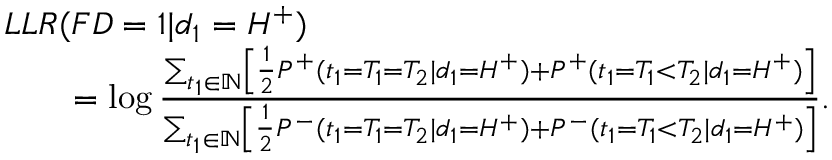
\begin{array} { r l } & { L L R ( F D = 1 | d _ { 1 } = H ^ { + } ) } \\ & { \qquad = \log \frac { \sum _ { t _ { 1 } \in \mathbb { N } } \left[ \frac { 1 } { 2 } P ^ { + } ( t _ { 1 } = T _ { 1 } = T _ { 2 } | d _ { 1 } = H ^ { + } ) + P ^ { + } ( t _ { 1 } = T _ { 1 } < T _ { 2 } | d _ { 1 } = H ^ { + } ) \right] } { \sum _ { t _ { 1 } \in \mathbb { N } } \left[ \frac { 1 } { 2 } P ^ { - } ( t _ { 1 } = T _ { 1 } = T _ { 2 } | d _ { 1 } = H ^ { + } ) + P ^ { - } ( t _ { 1 } = T _ { 1 } < T _ { 2 } | d _ { 1 } = H ^ { + } ) \right] } . } \end{array}